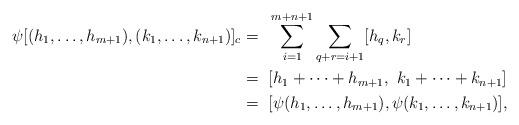
LaTeX: \begin{align*}\psi [ (h_1, \ldots, h_{m+1}), (k_1, \ldots, k_{n+1})]_c =~& \sum_{i=1}^{m+n+1} \sum_{q+r = i+1} [h_q, k_r] \\=~&[h_1 + \cdots + h_{m+1}, ~k_1 + \cdots + k_{n+1}] \\=~& [\psi (h_1, \ldots, h_{m+1}), \psi (k_1, \ldots, k_{n+1}) ],\end{align*}